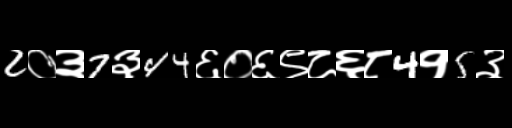
Text: 2०३7३44६०६९८६८4१5३